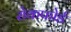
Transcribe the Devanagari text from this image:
रोकफोर्ड